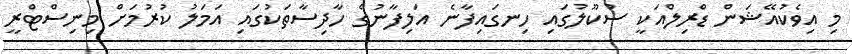
މި އިވެކުއޭޝަން ޑްރިލްއަކީ ސުކޫލުގައި ހިނގައިފާނެ އަލިފާނުގެ ހާދިސާތަކުގައި އަމަލު ކުރުމަށް މިނިސްޓްރީ